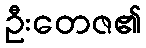
ဦးတေဇ၏